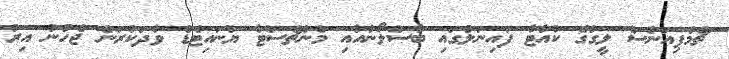
ޗެމްޕިއަންސް ލީގުގެ ކުއާޓާ ފައިނަލްގައި ބާސެލޯނާއާއި މެންޗެސްޓާ ޔުނައިޓެޑް ވާދަކުރަން ޖެހުނު އިރު